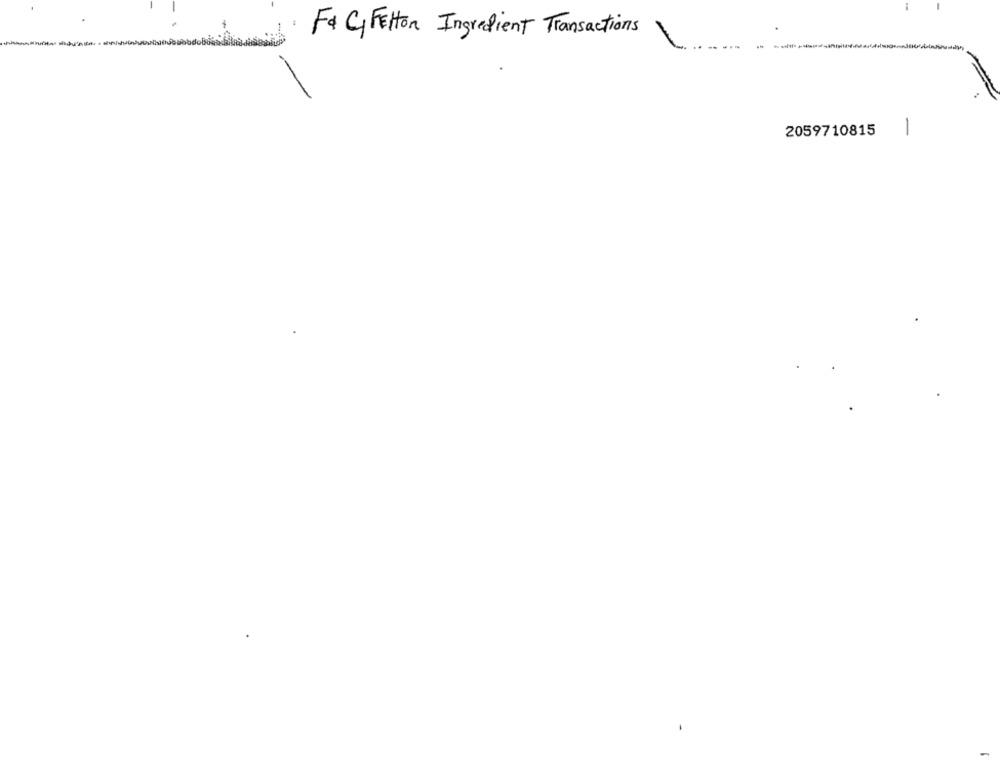
F& C Felton Ingredient Transactions
2059710815
1